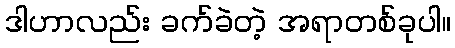
ဒါဟာလည်း ခက်ခဲတဲ့ အရာတစ်ခုပါ။